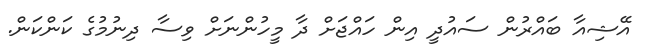
އޭޝިއާ ބައްރުން ސައުދީ އިން ހައްޖަށް ދާ މީހުންނަށް ވިސާ ދިނުމުގެ ކަންކަން.